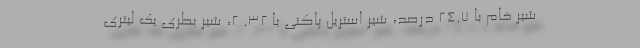
شیر خام با ۲۴.۷ درصد، شیر استریل پاکتی با ۳۲. ۲، شیر بطری یک لیتری